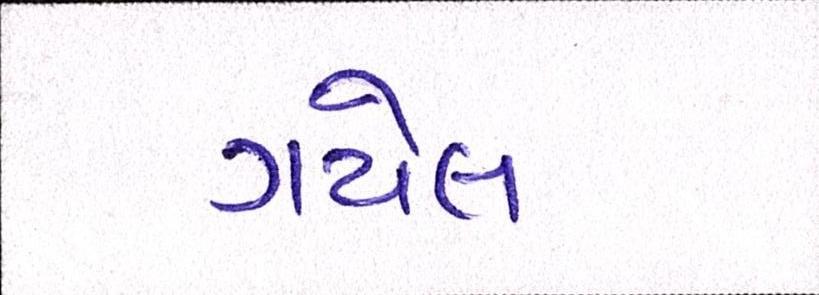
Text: ગયેલ